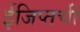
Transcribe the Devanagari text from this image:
ईजिप्तची